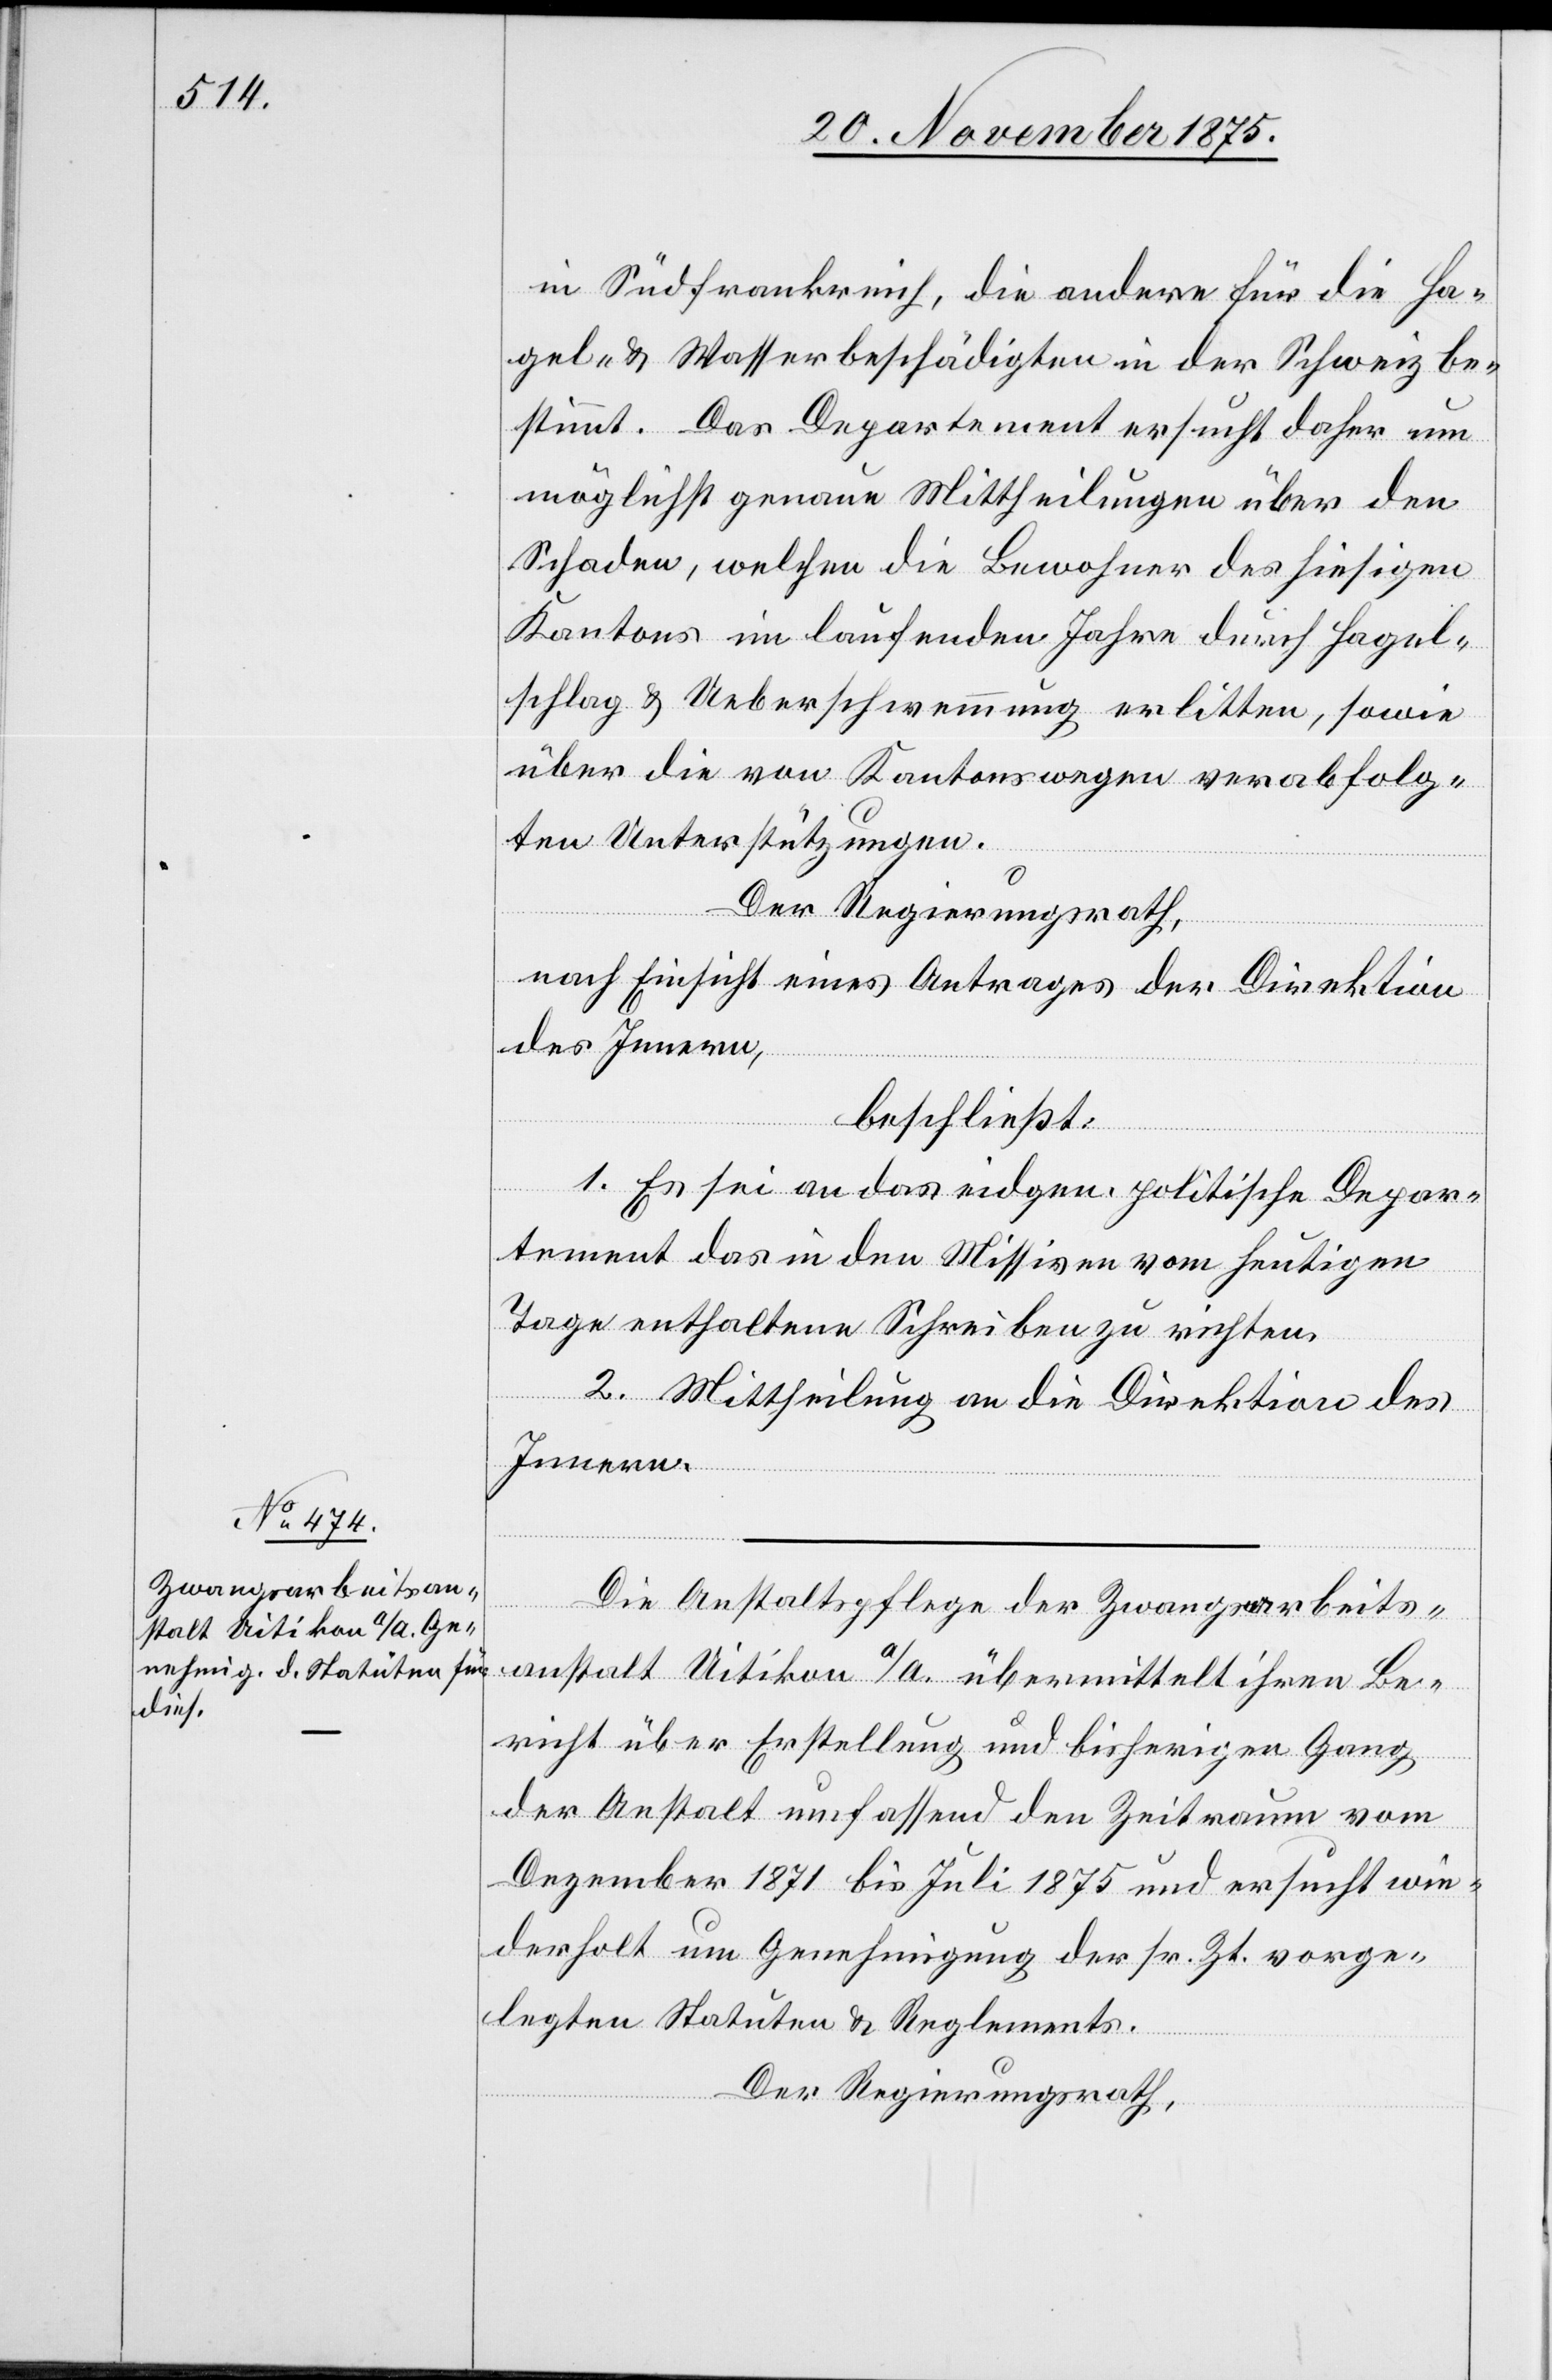
in Südfrankreich, die andere für die Ha¬
gel- & Wetterbeschädigten in der Schweiz be¬
stimmt. Das Departement ersucht daher um
möglichst genaue Mittheilungen über den
Schaden, welchen die Bewohner des hiesigen
Kantons im laufenden Jahre durch Hagel¬
schlag & Ueberschwemmung erlitten, sowie
über die von Kantonswegen verabfolg¬
ten Unterstützungen.
Der Regierungsrath,
nach Einsicht eines Antrages der Direktion
des Innern,
beschließt:
1. Es sei an das eidgen. politische Depar¬
tement das in den Missiven vom heutigen
Tage enthaltene Schreiben zu richten.
2. Mittheilung an die Direktion des
Innern.
Die Anstaltspflege der Zwangsarbeits¬
anstalt Uitikon a/A übermittelt ihren Be¬
richt über Erstellung und bisherigen Gang
der Anstalt umfassend den Zeitraum vom
Dezember 1871 bis Juli 1875 und ersucht wie¬
derholt um Genehmigung der sr. Zeit vorge¬
legten Statuten & Reglemente.
Der Regierungsrath,